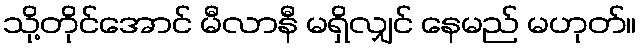
သို့တိုင်အောင် မီလာနီ မရှိလျှင် နေမည် မဟုတ်။